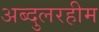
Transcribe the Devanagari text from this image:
अब्दुलरहीम